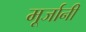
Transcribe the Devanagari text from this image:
मूर्जानी